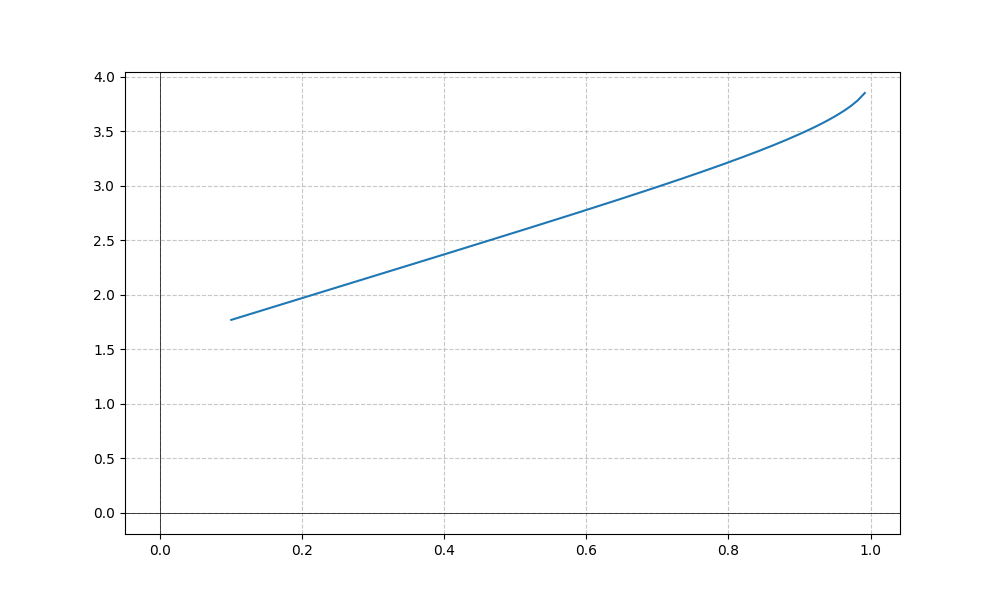
LaTeX formula: \sin{\left(x \right)} + \operatorname{acos}{\left(- x \right)}